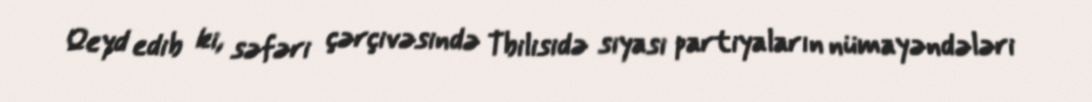
Qeyd edib ki, səfəri çərçivəsində Tbilisidə siyasi partiyaların nümayəndələri